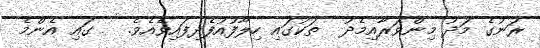
ރަނުގެ މަދު މިންވަރާއިމެދު  ތަކުގައި ހިލާފުއުފެދިފައިވެއެވެ.   ގައި އެންމެ